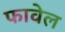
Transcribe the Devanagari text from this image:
फावेल